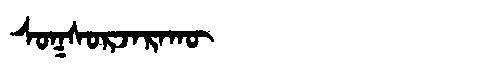
Manchu: ᠰᠣᡴᠰᠣᡵᠵᠠᡵᠠᡴᡡ
Romanization: SOKSORJARAKŪ